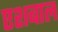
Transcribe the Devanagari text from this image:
एशबाल